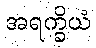
အရက္ခိယံ